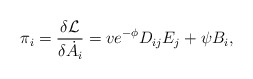
\begin{align*}\pi _i = \frac{\delta {\cal L}}{\delta \dot A_i} = ve^{-\phi}D_{ij}E_j + \psi B_i ,\end{align*}